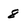
Character: 8